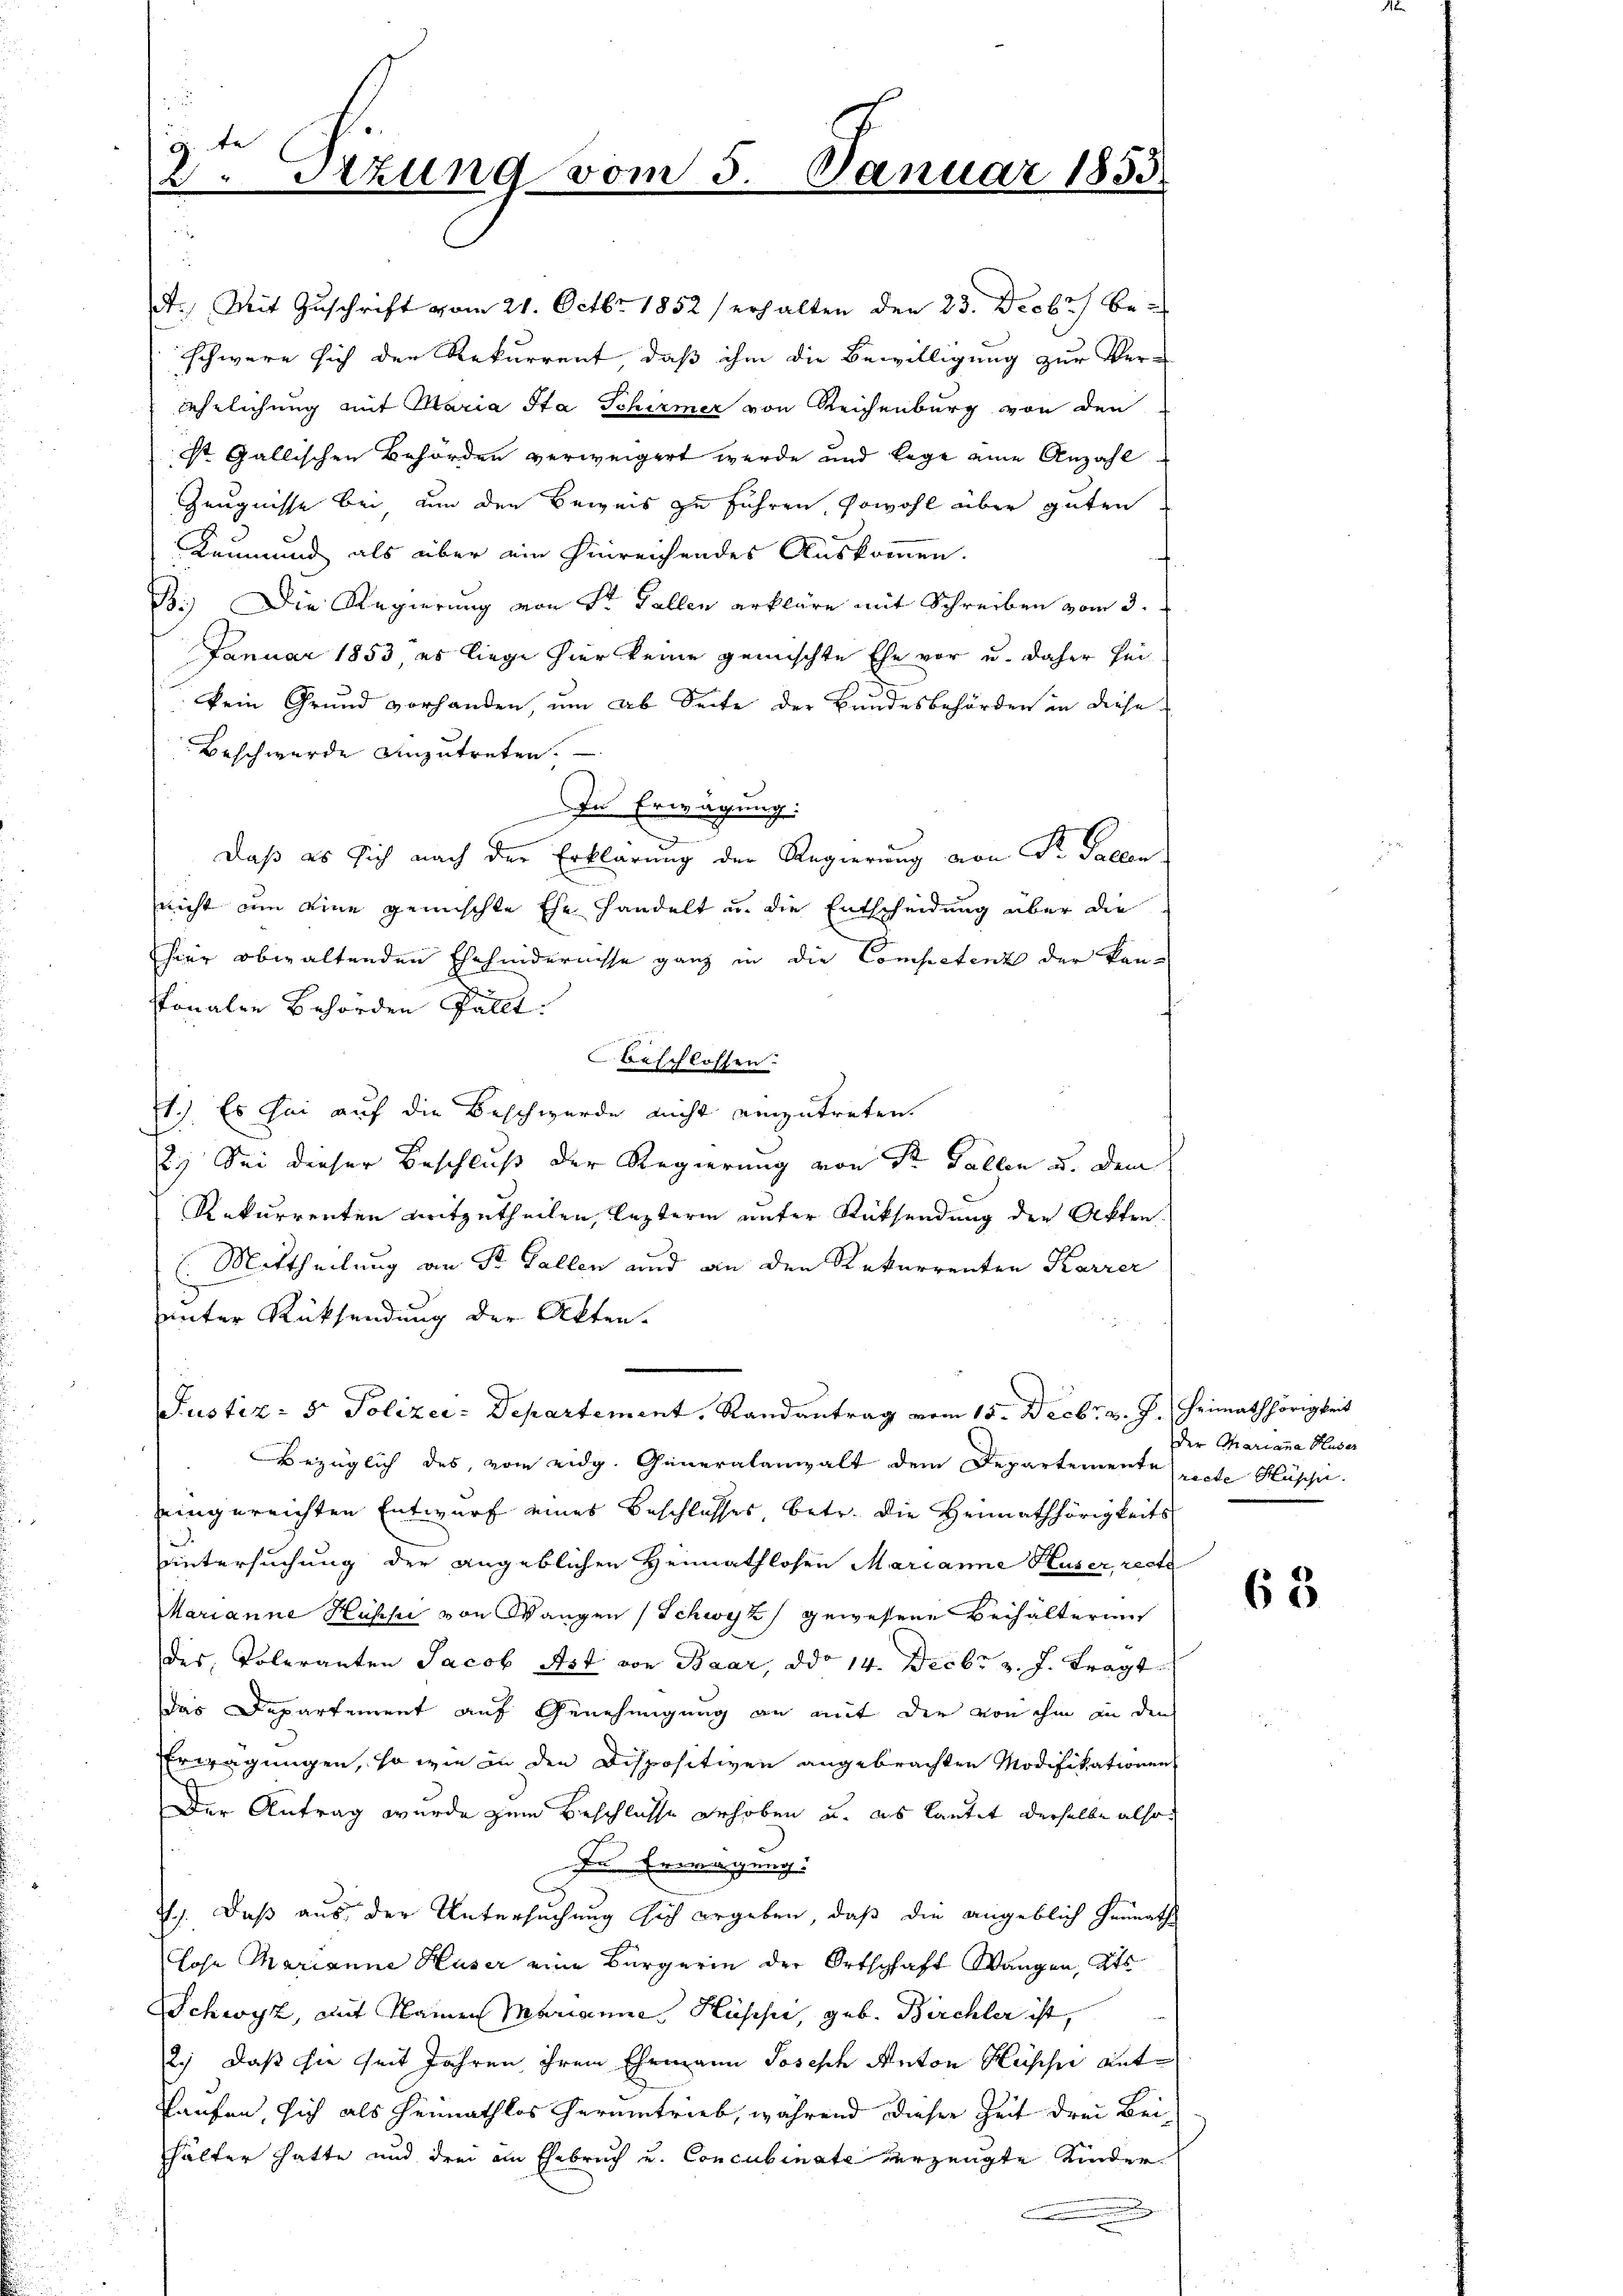
G. be
2. Sizung vom 5.

A. Mit Zuschrift vom 21. Octbr. 1852 erhalten den 23. Decbr be-
schwere sich der Rekurrent, daß ihm die Bewilligung zur Verehrlichung mit Maria Sta Schirmer von Reichenburg von den
st Gallischen Behörden verweigert werde und lege eine Anzahl
Zeugnisse bei un den Beweis zu führen, sowohl über guten
s
Leumund als über ein hinreichendes Auskommen.
s
B.) Die Regierung von Sr. Fallen erkläre mit Schreiben vom 3.
Januar 1853, es liege hier keine gemischte Ehe vor u. daher seikein Grund vorhanden, ŭm ab Seite der Bundesbehörden in diese
Beschwerde anzutreten.
In Erwägung:
e
Daß es sich nach der Erklärung der Regierung von St. Gallen
nicht um eine gemischte Ehe handelt u. die Entscheidung über die
hier obwaltenden Ehehindernisse ganz in die Competent der kan-
sonalen Behörden fällt.
beschlossen.
1.) Es sei auf die Beschwerde nicht einzutreten.
2.) Sei dieser Beschluß der Regierung von Sr. Fällen u. dem
Rekurrenten mitzutheilen, lezterm unter Rücksendung der Akten.
(Mittheilung an Sr. Gallen und an den Rekurrenten Karrer
d
unter Rücksendung der Akten.
Justiz- & Polizei-Departement, Randantrag vom 15. Decbr. v. J. Heimathörigkeit
Bezüglich des vom eidg. Generalanwalt dem Departemente recte Hüscher
eingereichten Entwurf eines Beschlosses, betr. die Heimathörigkeits
untersuchung der angeblichen Heimathlosen Marianne Huser, recte
Marianne Huski von Wangen (Schwyz gewesene Beihälterung
des Toleranten Jacob Ast von Baar, ddo 14. Decbr v. J. tragt
das Departement auf Genehmigung an mit der von ihm an den
Erwägungen, so wie in den Dispositiven angebrachten Modifikationen
Der Antrag wurde zum Beschlüsse erhoben u. als lautet derselbe also
In Erwägung
7.) Daß aus der Untersuchung sich ergeben, daß die angeblich Heimaths
Lose Marianne Huser eine Bürgerin der Ortschaft Wangen, Kts
Schwyz, mit Namen Marianne Hüscher, geb. Birchler ist,
2.) Daß sie seit Jahren ihrem Ehemann Joseph Anton Hüscher antkaufen, sich als Heimathlos herumtrieb, während dieser Zeit drei Beihälter hatte und drei am Ehebruch und Concubinate verzeugte Kinder¬
.

Januar 1851

der Charianna Huser

65